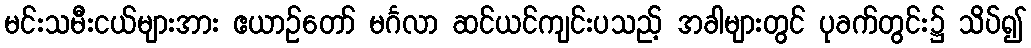
မင်းသမီးငယ်များအား ဧယာဉ်တော် မင်္ဂလာ ဆင်ယင်ကျင်းပသည့် အခါများတွင် ပုခက်တွင်း၌ သိပ်၍